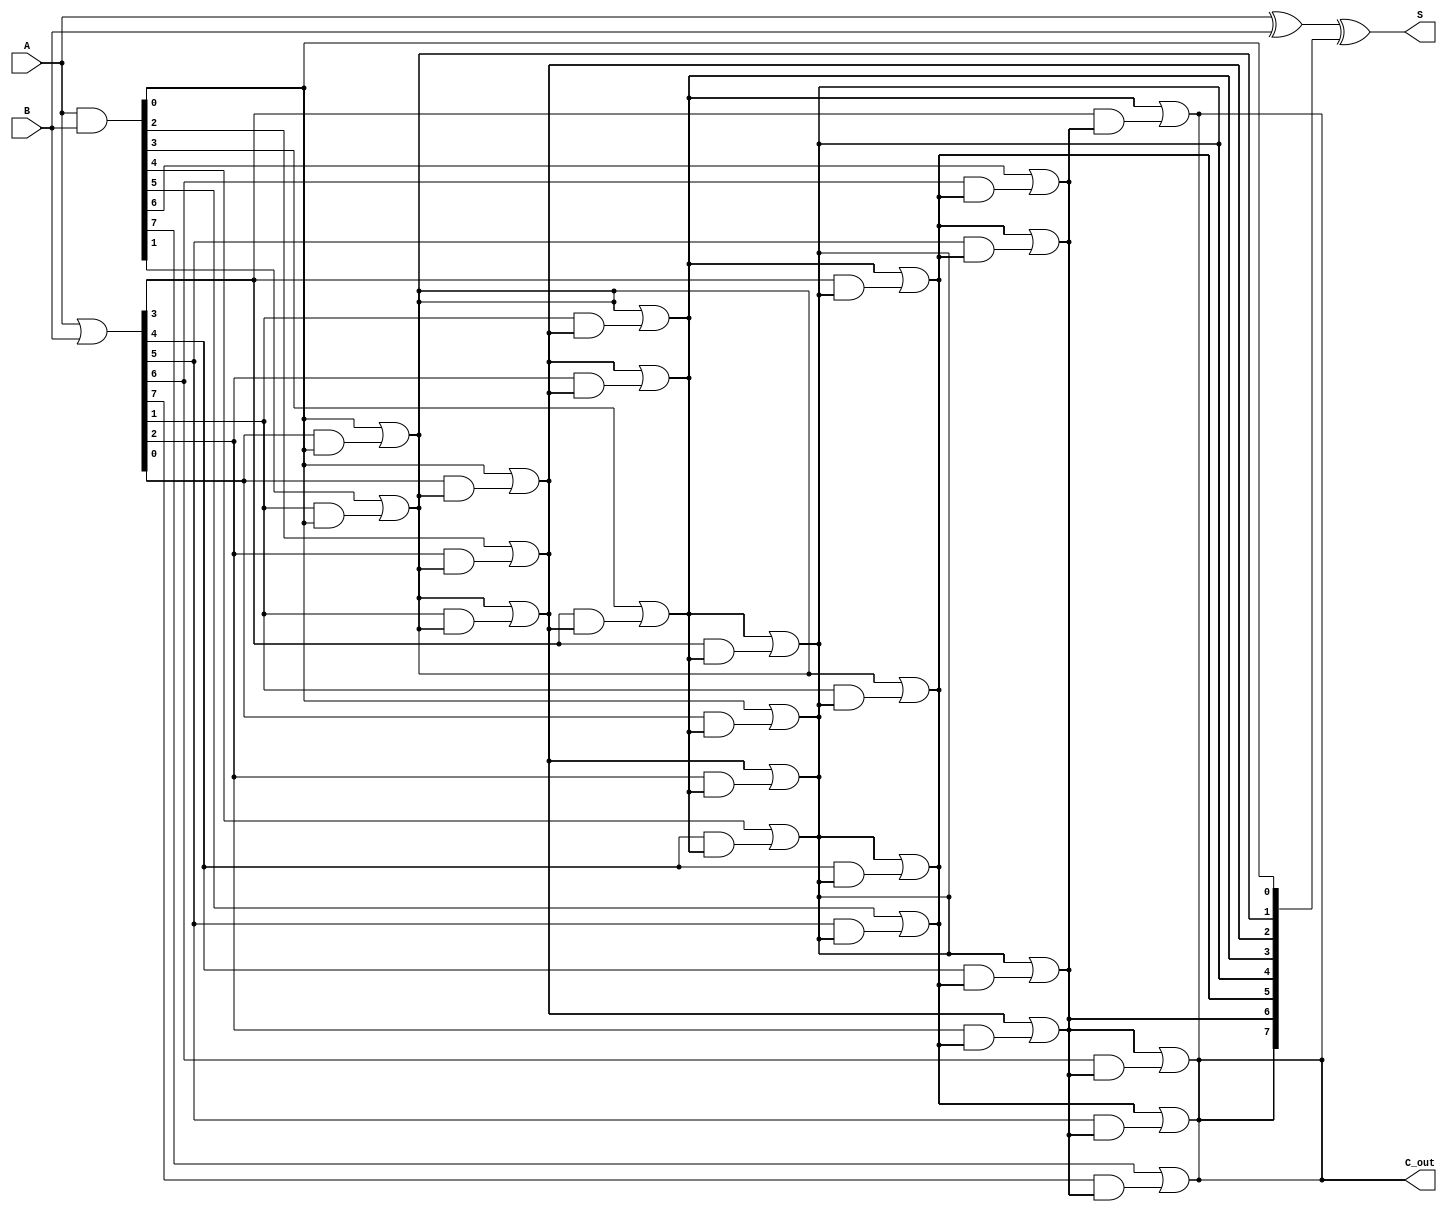
module brent_kung_adder #(parameter N = 8) (
    input  [N-1:0] A,
    input  [N-1:0] B,
    output [N-1:0] S,
    output         C_out
);

    // Generate and Propagate signals
    wire [N-1:0] G; // Generate
    wire [N-1:0] P; // Propagate
    wire [N:0] C;   // Carry

    // Generate and Propagate calculations
    assign G = A & B; // G[i] = A[i] & B[i]
    assign P = A | B; // P[i] = A[i] | B[i]

    // Initial carry
    assign C[0] = 1'b0; // C[0] = 0

    // Carry computation using Brent-Kung structure
    genvar i, j, k;
    generate
        // First stage of carry computation
        for (i = 0; i < N; i = i + 1) begin
            assign C[i + 1] = G[i] | (P[i] & C[i]);
        end

        // Additional stages for carry computation
        for (j = 1; j < N; j = j * 2) begin
            for (k = 0; k < N; k = k + 1) begin
                if (k + j < N) begin
                    assign C[k + j + 1] = C[k + 1] | (P[k] & C[k + j]);
                end
            end
        end
    endgenerate

    // Sum calculation
    assign S = A ^ B ^ C[N:1]; // S[i] = A[i] ^ B[i] ^ C[i]

    // Carry out
    assign C_out = C[N];

endmodule